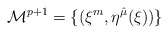
\begin{align*}{\cal M}^{p+1} = \{ ( \xi^{m}, \eta^{\hat{\mu}}(\xi) )\}\end{align*}